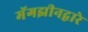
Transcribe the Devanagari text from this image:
मॅगझीनद्वारे